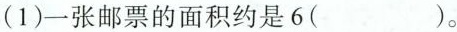
(1)一张邮票的面积约是6( )。